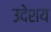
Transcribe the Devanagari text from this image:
उदेशय